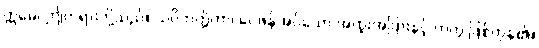
ဣမေ၊ ဤတရားတို့သည်။ သဝိဘတ္တိကာ၊ ဝေဖန်အပ်သော အထူးအပြားနှင့် တကွ ဖြစ်ကုန်၏။